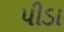
પીડા